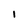
Character: l